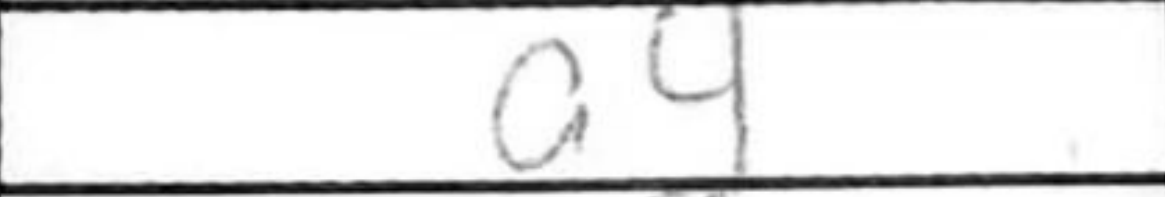
Transcription: a4